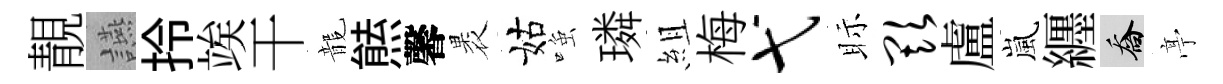
靚讌拎竢干龍㷱馨褁姑𫪻璘組梅弋眎欺盧嵐纒喬𠅘